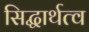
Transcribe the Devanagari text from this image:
सिद्धार्थत्व